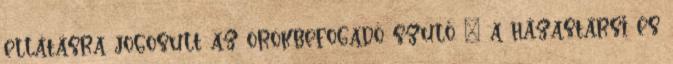
ellátásra jogosult az örökbefogadó szülő – a házastársi és